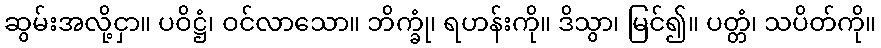
ဆွမ်းအလို့ငှာ။ ပဝိဋ္ဌံ၊ ဝင်လာသော။ ဘိက္ခုံ၊ ရဟန်းကို။ ဒိသွာ၊ မြင်၍။ ပတ္တံ၊ သပိတ်ကို။